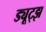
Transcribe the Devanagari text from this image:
ड्यूट्झ